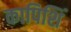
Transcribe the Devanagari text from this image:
कापिशिं